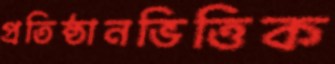
প্রতিষ্ঠানভিত্তিক